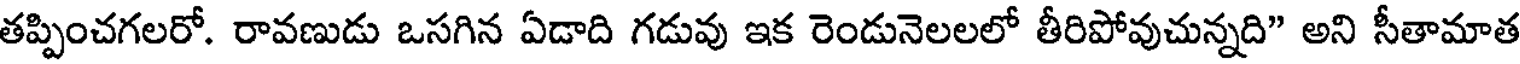
తప్పించగలరో. రావణుడు ఒసగిన ఏడాది గడువు ఇక రెండునెలలలో తీరిపోవుచున్నది" అని సీతామాత